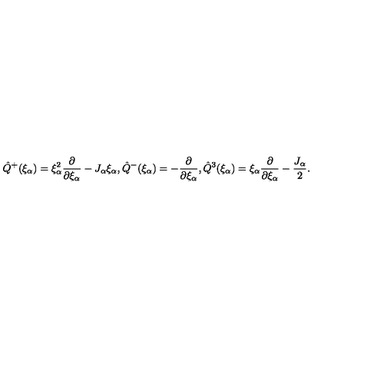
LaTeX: \hat { Q } ^ { + } ( \xi _ { \alpha } ) = \xi _ { \alpha } ^ { 2 } \frac { \partial } { \partial \xi _ { \alpha } } - J _ { \alpha } \xi _ { \alpha } , \hat { Q } ^ { - } ( \xi _ { \alpha } ) = - \frac { \partial } { \partial \xi _ { \alpha } } , \hat { Q } ^ { 3 } ( \xi _ { \alpha } ) = \xi _ { \alpha } \frac { \partial } { \partial \xi _ { \alpha } } - \frac { J _ { \alpha } } { 2 } .